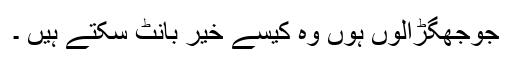
جوجھگڑالوں ہوں وہ کیسے خیر بانٹ سکتے ہیں ۔